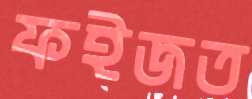
ফইজত